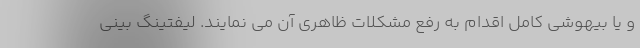
و یا بیهوشی کامل اقدام به رفع مشکلات ظاهری آن می نمایند. لیفتینگ بینی